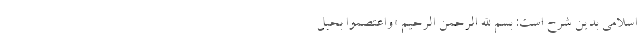
اسلامی بدین شرح است: بسم الله الرحمن الرحیم «وَاعْتَصِمُوا بِحَبْلِ